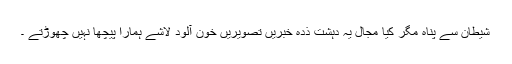
شیطان سے پناہ مگر کیا مجال یہ دہشت ذدہ خبریں تصویریں خون آلود لاشے ہمارا پیچھا نہیں چھوڑتے ۔